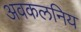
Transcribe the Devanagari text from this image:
अवकलनिय